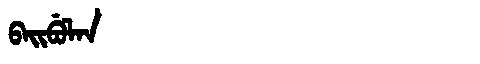
Manchu: ᠪᠠᡳᠪᡠᠯᠠᠨ
Romanization: BAIBULAN